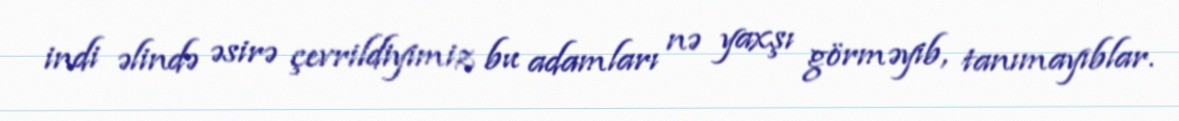
indi əlində əsirə çevrildiyimiz bu adamları nə yaxşı görməyib, tanımayıblar.